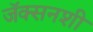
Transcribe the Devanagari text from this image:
जॅक्सनशी